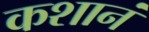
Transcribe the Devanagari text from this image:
कशानं